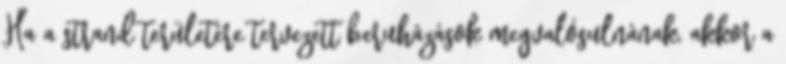
Ha a strand területére tervezett beruházások megvalósulnának, akkor a